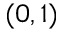
( 0 , 1 )